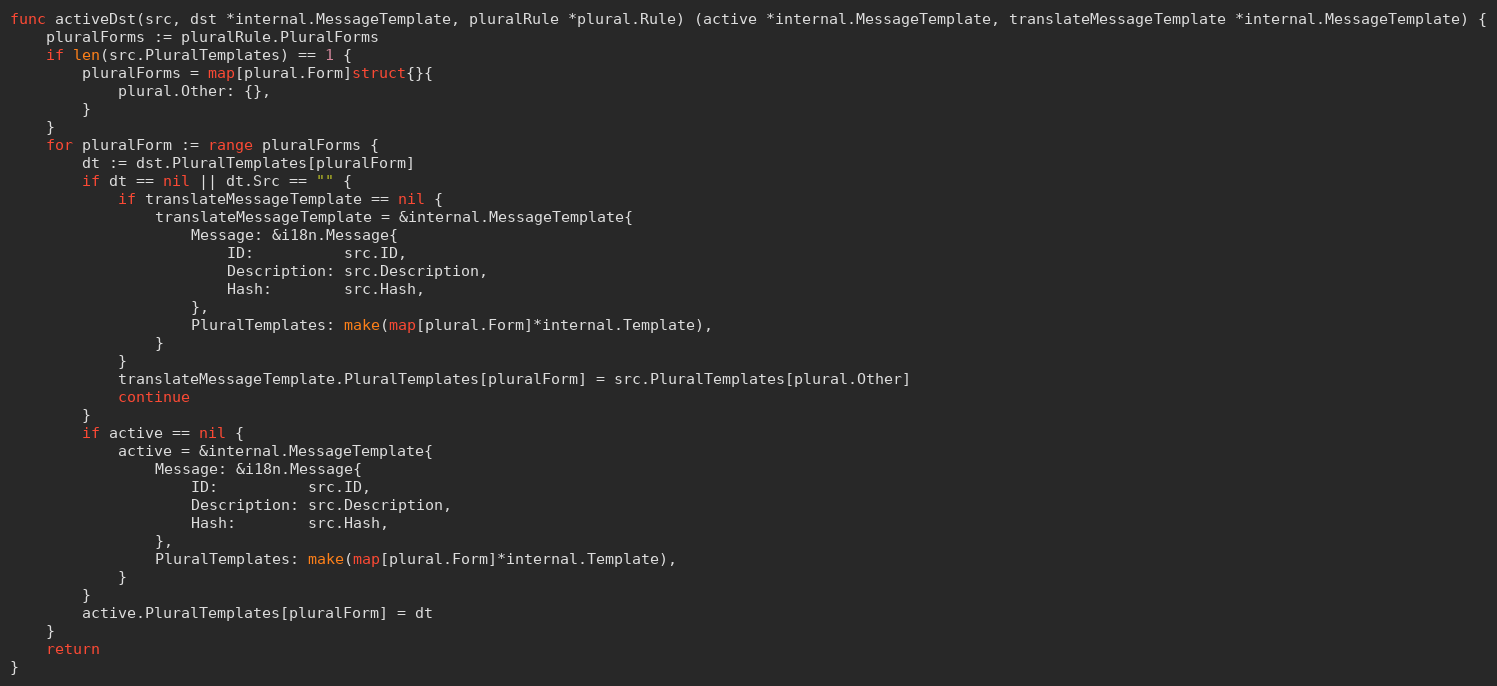
Language: Go
func activeDst(src, dst *internal.MessageTemplate, pluralRule *plural.Rule) (active *internal.MessageTemplate, translateMessageTemplate *internal.MessageTemplate) {
	pluralForms := pluralRule.PluralForms
	if len(src.PluralTemplates) == 1 {
		pluralForms = map[plural.Form]struct{}{
			plural.Other: {},
		}
	}
	for pluralForm := range pluralForms {
		dt := dst.PluralTemplates[pluralForm]
		if dt == nil || dt.Src == "" {
			if translateMessageTemplate == nil {
				translateMessageTemplate = &internal.MessageTemplate{
					Message: &i18n.Message{
						ID:          src.ID,
						Description: src.Description,
						Hash:        src.Hash,
					},
					PluralTemplates: make(map[plural.Form]*internal.Template),
				}
			}
			translateMessageTemplate.PluralTemplates[pluralForm] = src.PluralTemplates[plural.Other]
			continue
		}
		if active == nil {
			active = &internal.MessageTemplate{
				Message: &i18n.Message{
					ID:          src.ID,
					Description: src.Description,
					Hash:        src.Hash,
				},
				PluralTemplates: make(map[plural.Form]*internal.Template),
			}
		}
		active.PluralTemplates[pluralForm] = dt
	}
	return
}